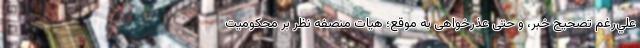
علي‌رغم تصحيح خبر، و حتی عذرخواهی به موقع؛ هيات منصفه نظر بر محكوميت